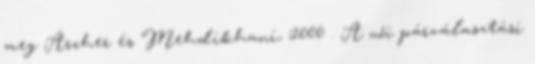
meg Archer és Mehdikhani, 2000 . A női párválasztási